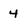
Character: 4